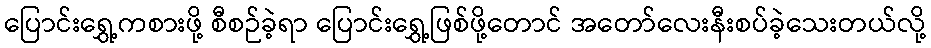
ပြောင်းရွှေ့ကစားဖို့ စီစဉ်ခဲ့ရာ ပြောင်းရွှေ့ဖြစ်ဖို့တောင် အတော်လေးနီးစပ်ခဲ့သေးတယ်လို့